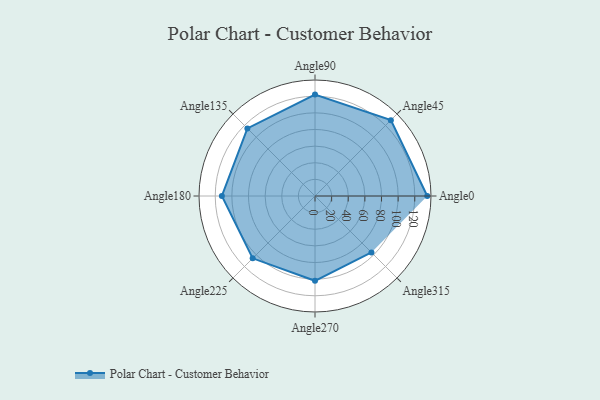
{"axis": {"x": "Angle", "y": "Radius"}, "legend": [""], "data": [{"x": "Angle0", "y": 135.0, "type": ""}, {"x": "Angle45", "y": 129.0, "type": ""}, {"x": "Angle90", "y": 122.0, "type": ""}, {"x": "Angle135", "y": 115.0, "type": ""}, {"x": "Angle180", "y": 112.0, "type": ""}, {"x": "Angle225", "y": 106.0, "type": ""}, {"x": "Angle270", "y": 102.0, "type": ""}, {"x": "Angle315", "y": 96.0, "type": ""}]}